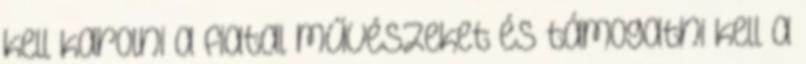
kell karolni a fiatal művészeket és támogatni kell a